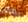
بعض